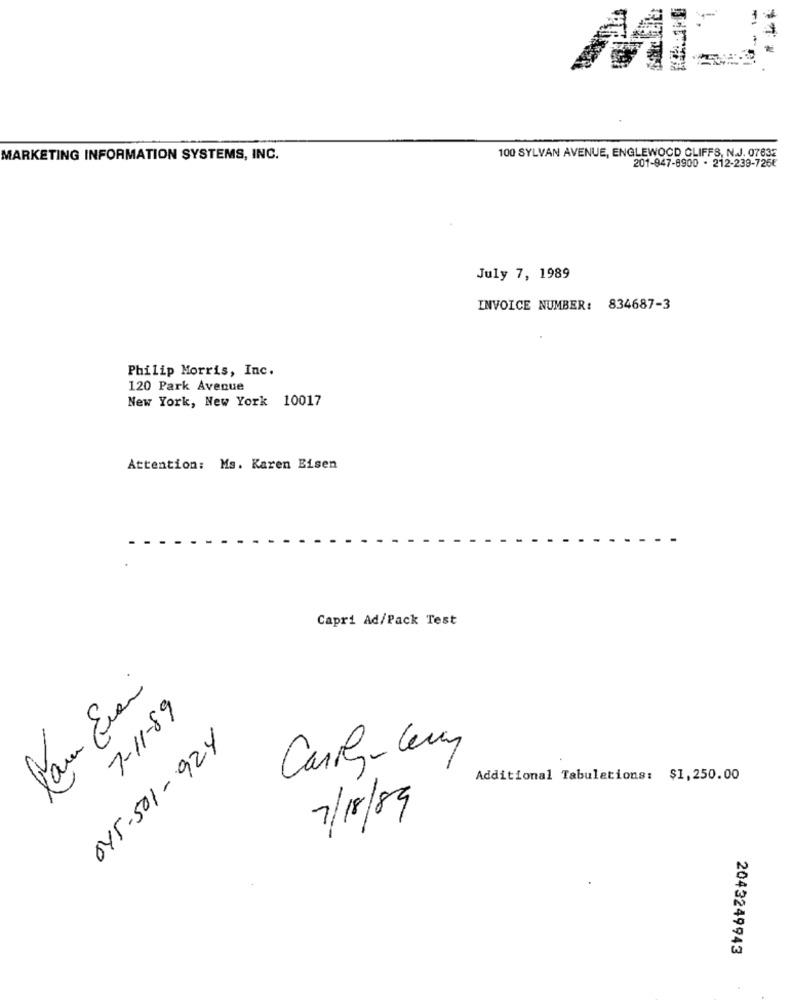
-1-
MARKETING INFORMATION SYSTEMS, INC.
100 SYLVAN AVENUE, ENGLEWOOD CLIFFS, N.J. 07632
201-947-8900 . 212-239-726€
July 7, 1989
INVOICE NUMBER: 834687-3
Philip Morris, Inc.
120 Park Avenue
New York, New York 10017
Attention: Ms. Karen Eisen
Capri Ad/Pack Test
7-11-89
045-501-924
Additional Tabulations: $1,250.00
7/18/89
2043249943